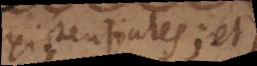
existentiales; et